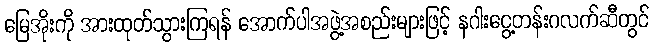
မြေအိုးကို အားထုတ်သွားကြရန် အောက်ပါအဖွဲ့အစည်းများဖြင့် နဂါးငွေ့တန်းဂလက်ဆီတွင်